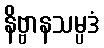
နိဗ္ဗာနသမ္ပဒံ